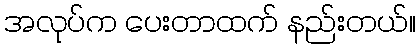
အလုပ်က ပေးတာထက် နည်းတယ်။